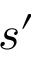
s ^ { \prime }